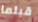
قبلما